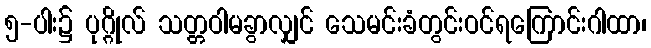
၅-ပါး၌ ပုဂ္ဂိုလ် သတ္တဝါမခွာလျှင် သေမင်းခံတွင်းဝင်ရကြောင်းဂါထာ၊